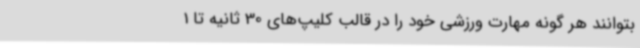
بتوانند هر گونه مهارت ورزشی خود را در قالب کلیپ‌های 30 ثانیه تا 1